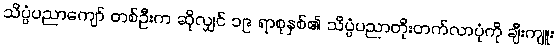
သိပ္ပံပညာကျော် တစ်ဦးက ဆိုလျှင် ၁၉ ရာစုနှစ်၏ သိပ္ပံပညာတိုးတက်လာပုံကို ချီးကျူး